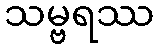
သမ္ဗရဿ